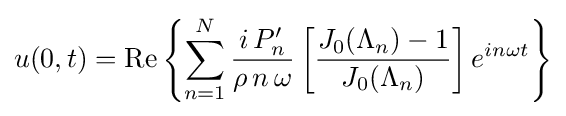
u(0,t)=\mathrm {Re} \left\{\sum _{n=1}^{N}{\frac {i\,P'_{n}}{\rho \,n\,\omega }}\left[{\frac {J_{0}(\Lambda _{n})-1}{J_{0}(\Lambda _{n})}}\right]e^{in\omega t}\right\}